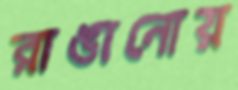
রাঙানোয়